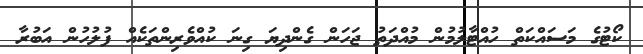
ކޯޓުގެ މަސައްކަތް ހުއްޓާލުމުން މުއްދަތު ޖަހަން ގެންދިޔަ ގިނަ ކުއްވެރިންތަކެއް ފުލުހުން އަބުރާ